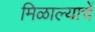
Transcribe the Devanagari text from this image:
मिळाल्याचें